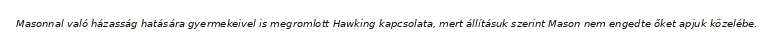
Masonnal való házasság hatására gyermekeivel is megromlott Hawking kapcsolata, mert állításuk szerint Mason nem engedte őket apjuk közelébe.